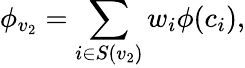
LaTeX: \phi_{v_{2}}=\sum_{i\in S(v_{2})}w_{i}\phi(c_{i}),